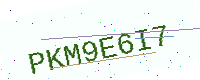
Text: PKM9E6I7